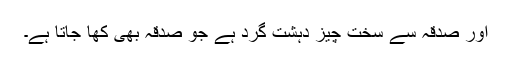
اور صدقہ سے سخت چیز دہشت گرد ہے جو صدقہ بھی کھا جاتا ہے۔